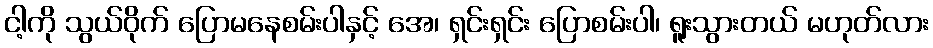
ငါ့ကို သွယ်ဝိုက် ပြောမနေစမ်းပါနှင့် အေ၊ ရှင်းရှင်း ပြောစမ်းပါ၊ ရူးသွားတယ် မဟုတ်လား